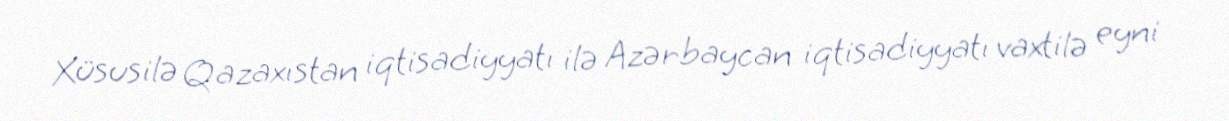
Xüsusilə Qazaxıstan iqtisadiyyatı ilə Azərbaycan iqtisadiyyatı vaxtilə eyni